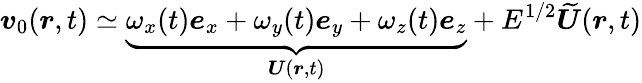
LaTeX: \boldsymbol{v}_{0}(\boldsymbol{r},t)\simeq\underbrace{\omega_{x}(t)\boldsymbol{e}_{x}+\omega_{y}(t)\boldsymbol{e}_{y}+\omega_{z}(t)\boldsymbol{e}_{z}}_{\boldsymbol{U}(\boldsymbol{r},t)}+E^{1/2}\widetilde{\boldsymbol{U}}(\boldsymbol{r},t)